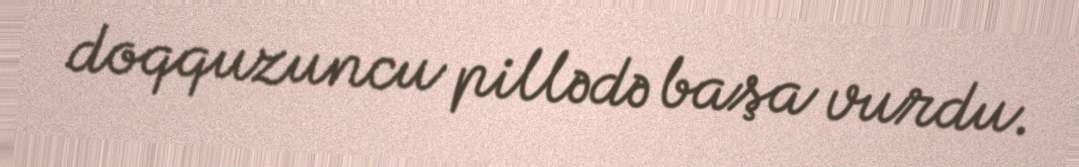
doqquzuncu pillədə başa vurdu.